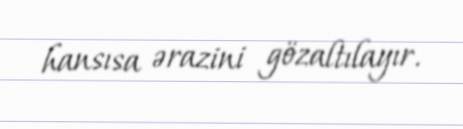
hansısa ərazini gözaltılayır.